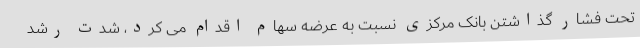
تحت فشار گذاشتن بانک مرکزی نسبت به عرضه سهام اقدام می کرد، شدت رشد